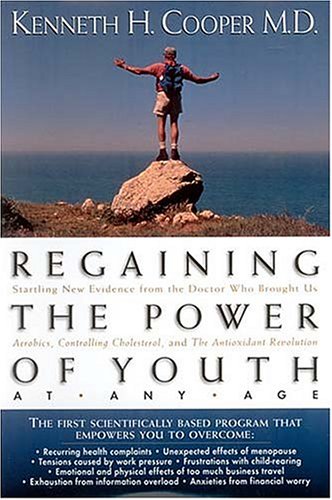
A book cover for Regaining The Power Of Youth At Any Age Startling New Evidence From The Doctor Who Brought Us <i>aerobics, Controlling Cholesterol And The Antioxidant Revolution</i>; Kenneth H. Cooper; Health, Fitness & Dieting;